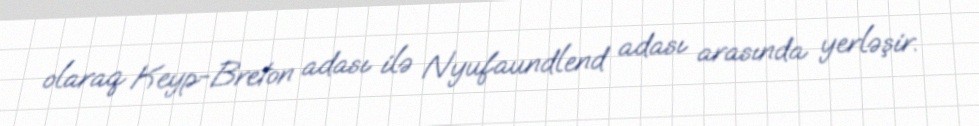
olaraq Keyp-Breton adası ilə Nyufaundlend adası arasında yerləşir.